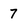
Character: 7